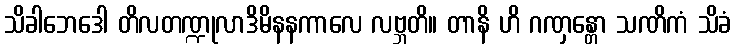
သိခါဘေဒေါ တိလတဏ္ဍုလာဒိမိနနကာလေ လဗ္ဘတိ။ တာနိ ဟိ ဂဏှန္တော သဏိကံ သိခံ